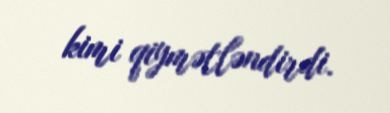
kimi qiymətləndirdi.